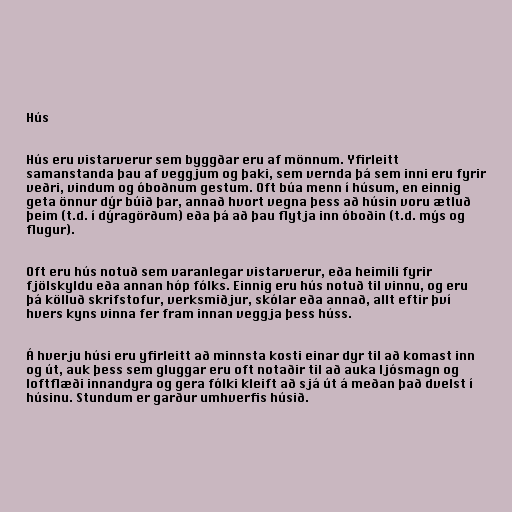
Hús

Hús eru vistarverur sem byggðar eru af mönnum. Yfirleitt
samanstanda þau af veggjum og þaki, sem vernda þá sem inni eru fyrir
veðri, vindum og óboðnum gestum. Oft búa menn í húsum, en einnig
geta önnur dýr búið þar, annað hvort vegna þess að húsin voru ætluð
þeim (t.d. í dýragörðum) eða þá að þau flytja inn óboðin (t.d. mýs og
flugur).

Oft eru hús notuð sem varanlegar vistarverur, eða heimili fyrir
fjölskyldu eða annan hóp fólks. Einnig eru hús notuð til vinnu, og eru
þá kölluð skrifstofur, verksmiðjur, skólar eða annað, allt eftir því
hvers kyns vinna fer fram innan veggja þess húss.

Á hverju húsi eru yfirleitt að minnsta kosti einar dyr til að komast inn
og út, auk þess sem gluggar eru oft notaðir til að auka ljósmagn og
loftflæði innandyra og gera fólki kleift að sjá út á meðan það dvelst í
húsinu. Stundum er garður umhverfis húsið.